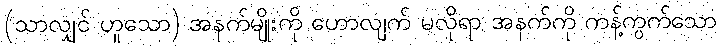
(သာလျှင် ဟူသော) အနက်မျိုးကို ဟောလျက် မလိုရာ အနက်ကို ကန့်ကွက်သော